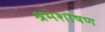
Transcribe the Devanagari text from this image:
श्रमशोषण